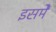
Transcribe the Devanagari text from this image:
इसमेें